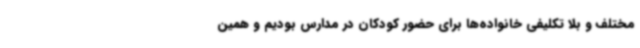
مختلف و بلا تکلیفی خانواده‌ها برای حضور کودکان در مدارس بودیم و همین